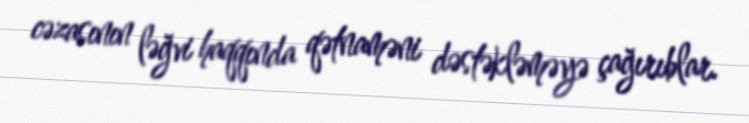
cəzasının ləğvi haqqında qətnaməni dəstəkləməyə çağırıblar.